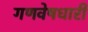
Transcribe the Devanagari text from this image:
गणवेषधारी